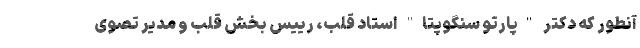
آنطور که دکتر "پارتو سنگوپتا" استاد قلب، رییس بخش قلب و مدیر تصوی